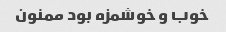
خوب و خوشمزه بود ممنون